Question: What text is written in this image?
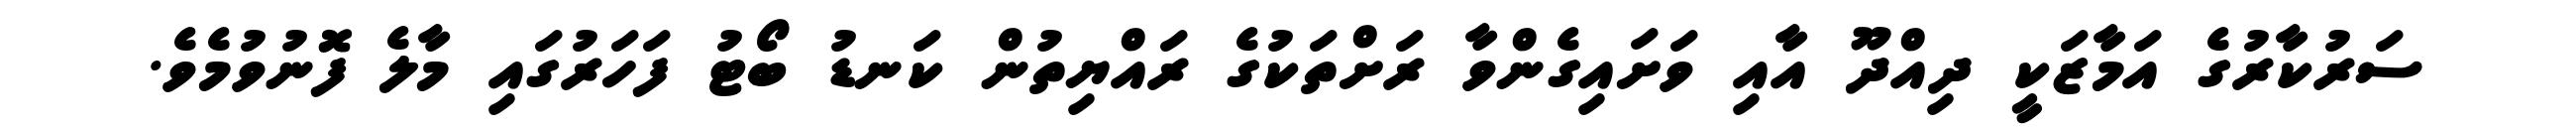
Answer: ސަރުކާރުގެ އަމާޒަކީ ދިއްދޫ އާއި ވަށައިގެންވާ ރަށްތަކުގެ ރައްޔިތުން ކަނޑު ބޯޓު ފަހަރުގައި މާލެ ފޮނުވުމެވެ.